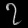
Digit: ၇